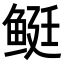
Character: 𬶓